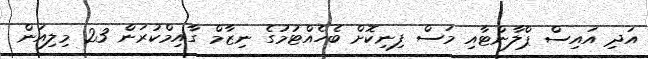
އަދި އައިސް ޕްލާންޓާއި މަސް ފިނިކޮށް ބެހެއްޓުމުގެ ނިޒާމް ގާއިމްކުރަން 23 މިލިއަން